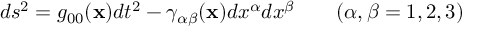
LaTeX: d s ^ { 2 } = g _ { 0 0 } ( { \bf x } ) d t ^ { 2 } - \gamma _ { \alpha \beta } ( { \bf x } ) d x ^ { \alpha } d x ^ { \beta } \qquad ( \alpha , \beta = 1 , 2 , 3 )